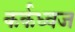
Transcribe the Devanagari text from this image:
कर्कध्वज